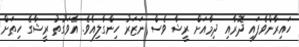
ހައިރާންވެފައި ދޮރާއި ދިމާއަށް ރީޝާ ވެސް ނަޒަރު ހިންގާލިއެވެ. އެވަގުތު ރީޝާގެ ހިތަށް